Bréfritari: Ólafur Bjarnason
Viðtakandi: Jón Borgfirðingur
Dagsetning: A-1854-05-16
Skrifað á: Brúarhrauni  Snæf.

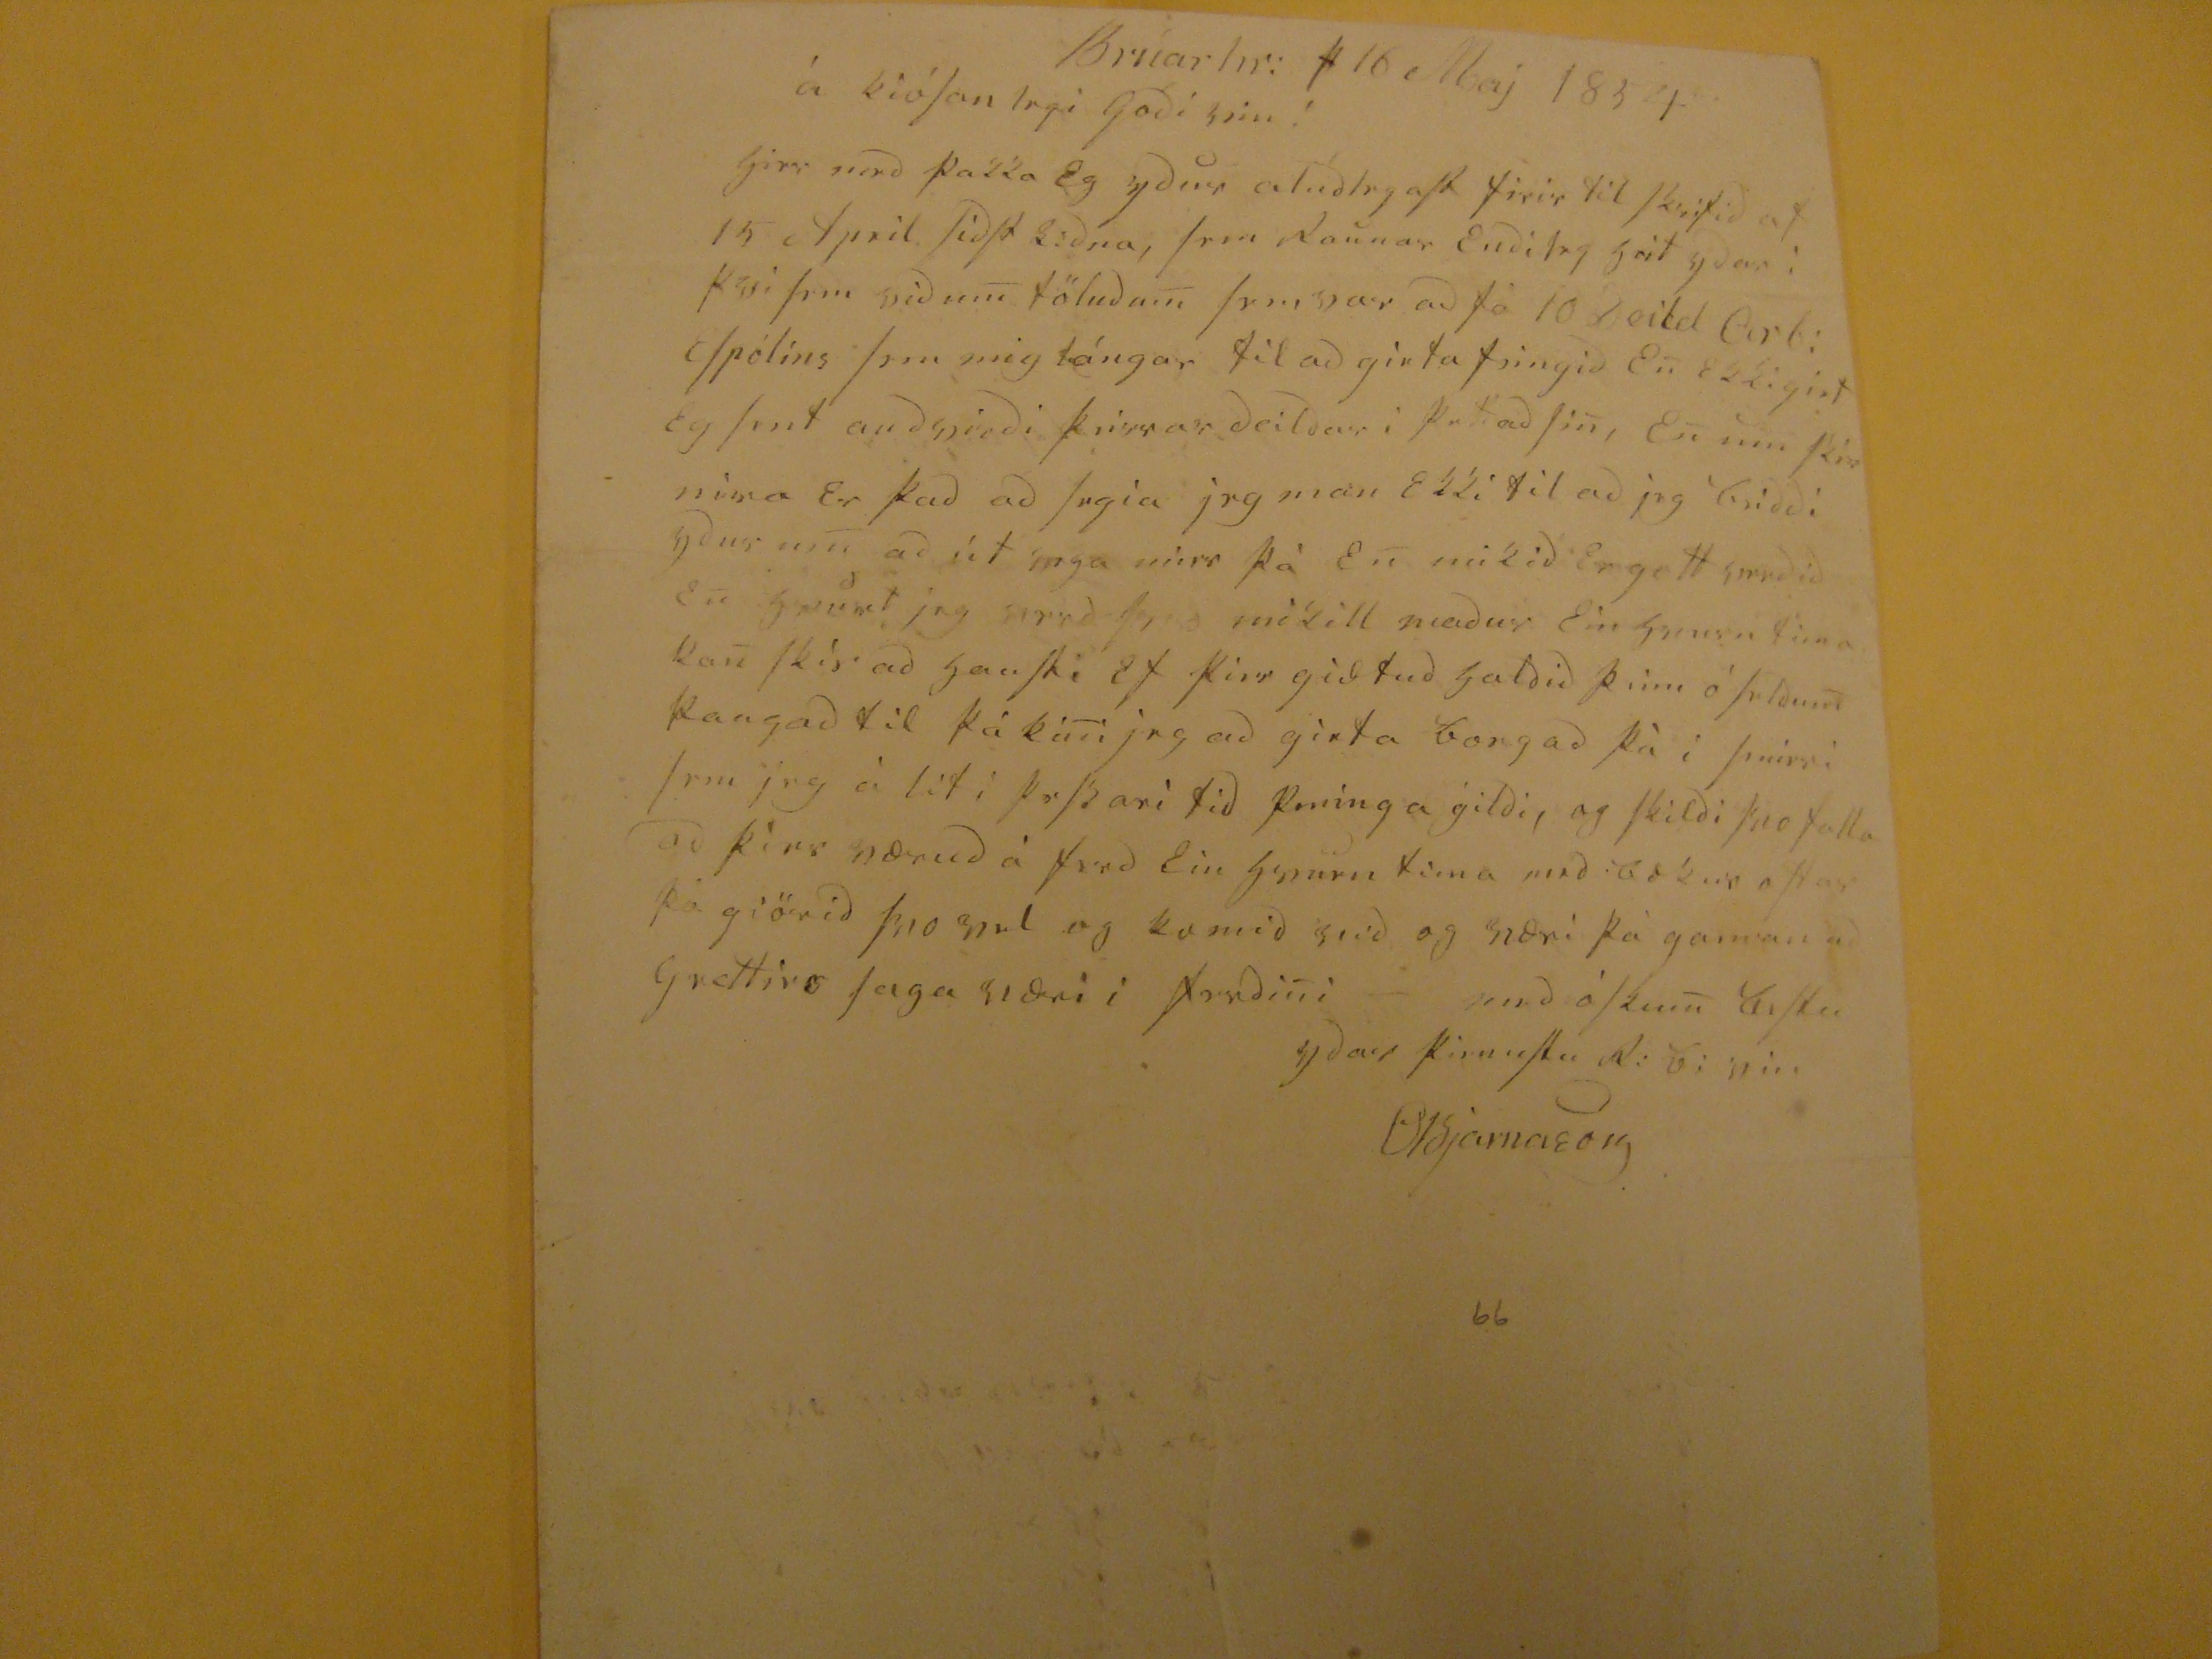

Brúarhr: þ 16 Maj 1854
á kióSanlegi Gódi vin!
Hjirr med þakka Eg ydur aludlegast firir til skrifid af 15 Apríl Sídst lidna,
frm
Launar Endileg
geit
ydar i
kysi frm
sidam töludum frmsvar ad fá 10
leitd Epti
Espólíns
srm
mig lángar til ad ginta þingid En Ekki git Eg Sent audgjirdi þrissar deildar i þetad Sin, En um
kir
mina Er þad ad Ingia jrg man Ekki til ad jeg
kriddi
ydur um ad út
inga
mirr þà En mikid Er gott smidid En
spurt
jeg
sirrd þad
mikill madur Einkum
firna
kan skir ad gauski Ef kirr gidtud
galdid
þinn ó frldum kaugad til þá kini jrg ad girta borgad þà i þeirri srm jrg á liti þrBari tid peninga gildi, og Skildi Svo falla ad þirs nærud á Send Ein Gjorn tima med bækur oftar þá giörid Svo vel og komid vid og væri þà gaman ad Grettirs Saga sidri i frndini- med óskum Eftir ydar
kinnasta Ri bi þin
OBjarnason